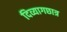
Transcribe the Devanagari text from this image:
दिव्यागछात्र